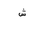
Letter: _shin